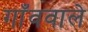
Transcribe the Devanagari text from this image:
गाँववाले